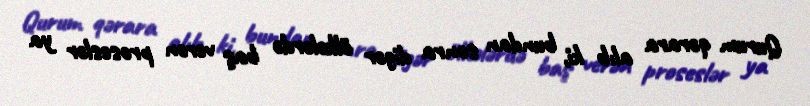
Qurum qərara alıb ki, bundan sonra digər ölkələrdə baş verən proseslər ya